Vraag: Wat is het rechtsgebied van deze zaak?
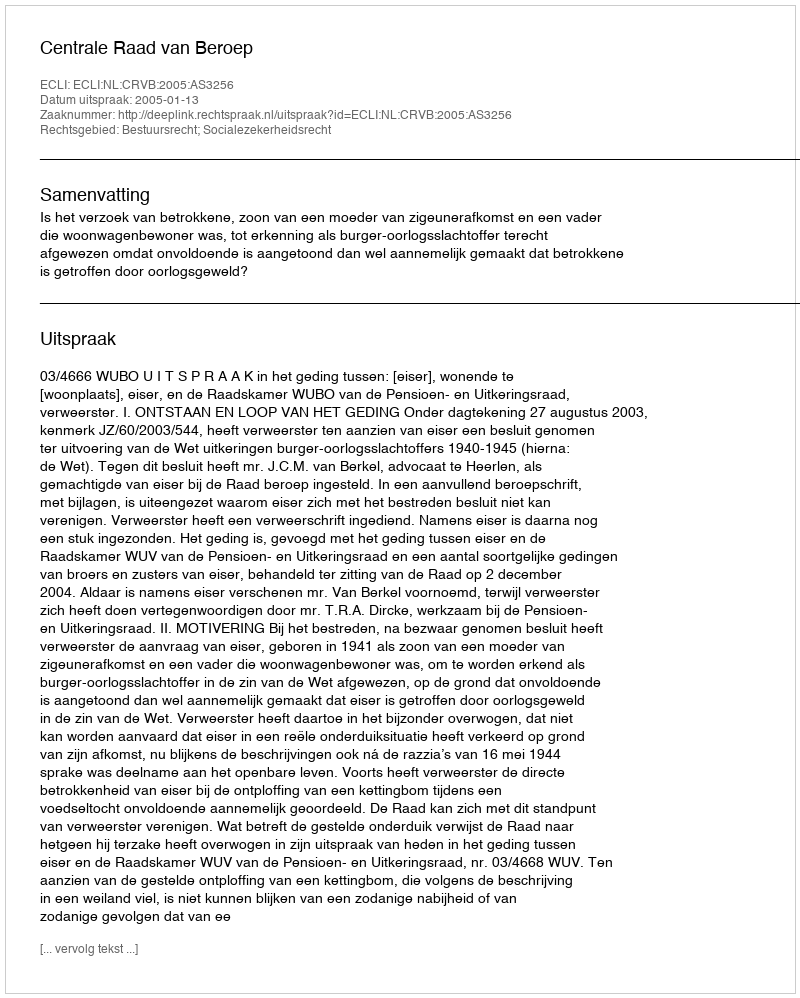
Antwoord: Bestuursrecht; Socialezekerheidsrecht